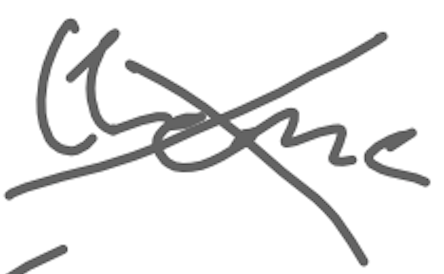
Text: theme
Cross-out: cross
Writing tool: digital_gray